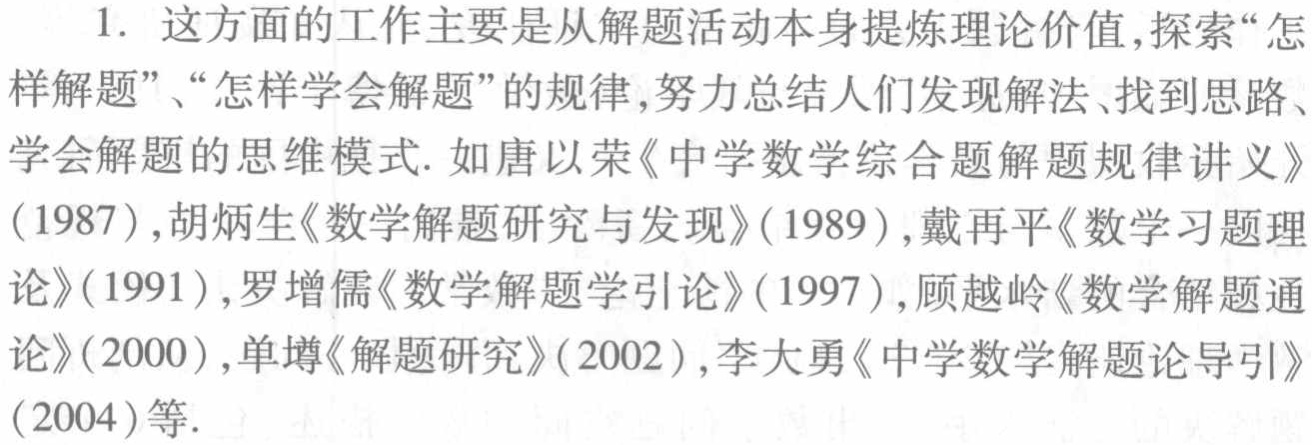
1. 这方面的工作主要是从解题活动本身提炼理论价值,探索“怎样解题”、“怎样学会解题”的规律,努力总结人们发现解法、找到思路、学会解题的思维模式. 如唐以荣《中学数学综合题解题规律讲义》（1987）,胡炳生《数学解题研究与发现》（1989）,戴再平《数学习题理论》（1991）,罗增儒《数学解题学引论》（1997）,顾越岭《数学解题通论》（2000）,单墫《解题研究》（2002）,李大勇《中学数学解题论导引》（2004）等.